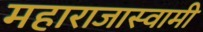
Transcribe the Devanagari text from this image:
महाराजास्‍वामी